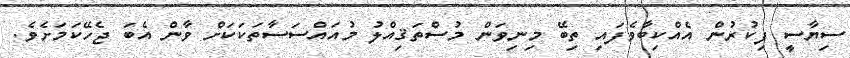
ސިޔާސީ ފިކުރުން އެއްކިބާވެފައި ތިބޭ މިނިވަން މުސްތަޤިއްލު މުއައްސަސާތަކަކަށް ވާން އެބަ ޖެހޭކަމަށެވެ.